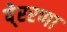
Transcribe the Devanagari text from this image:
पे्ररणा